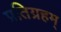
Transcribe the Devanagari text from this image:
प्रतिग्रहम्